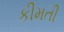
કીમતી